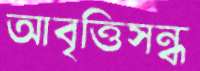
আবৃত্তিসন্ধ